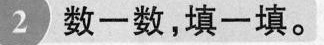
2 数一数，填一填。